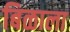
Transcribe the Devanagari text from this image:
बिळाला